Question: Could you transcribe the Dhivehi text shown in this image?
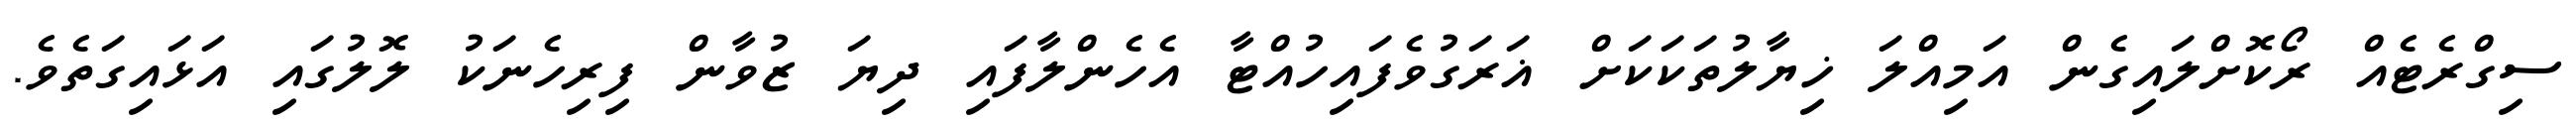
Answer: ސިގްރެޓެއް ރޯކޮށްލައިގެން އަމިއްލަ ޚިޔާލުތަކަކަށް ޣަރަގުވެފައިހުއްޓާ އެހެންލާފައި ދިޔަ ޒުވާން ފިރިހެނަކު ލޮލުގައި އަޅައިގަތެވެ.